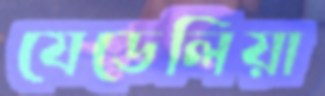
যেডেলিয়া